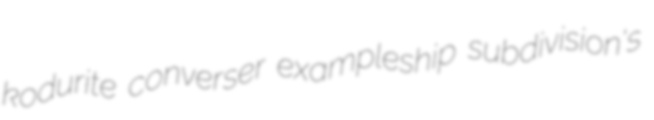
kodurite converser exampleship subdivision's